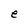
Character: e